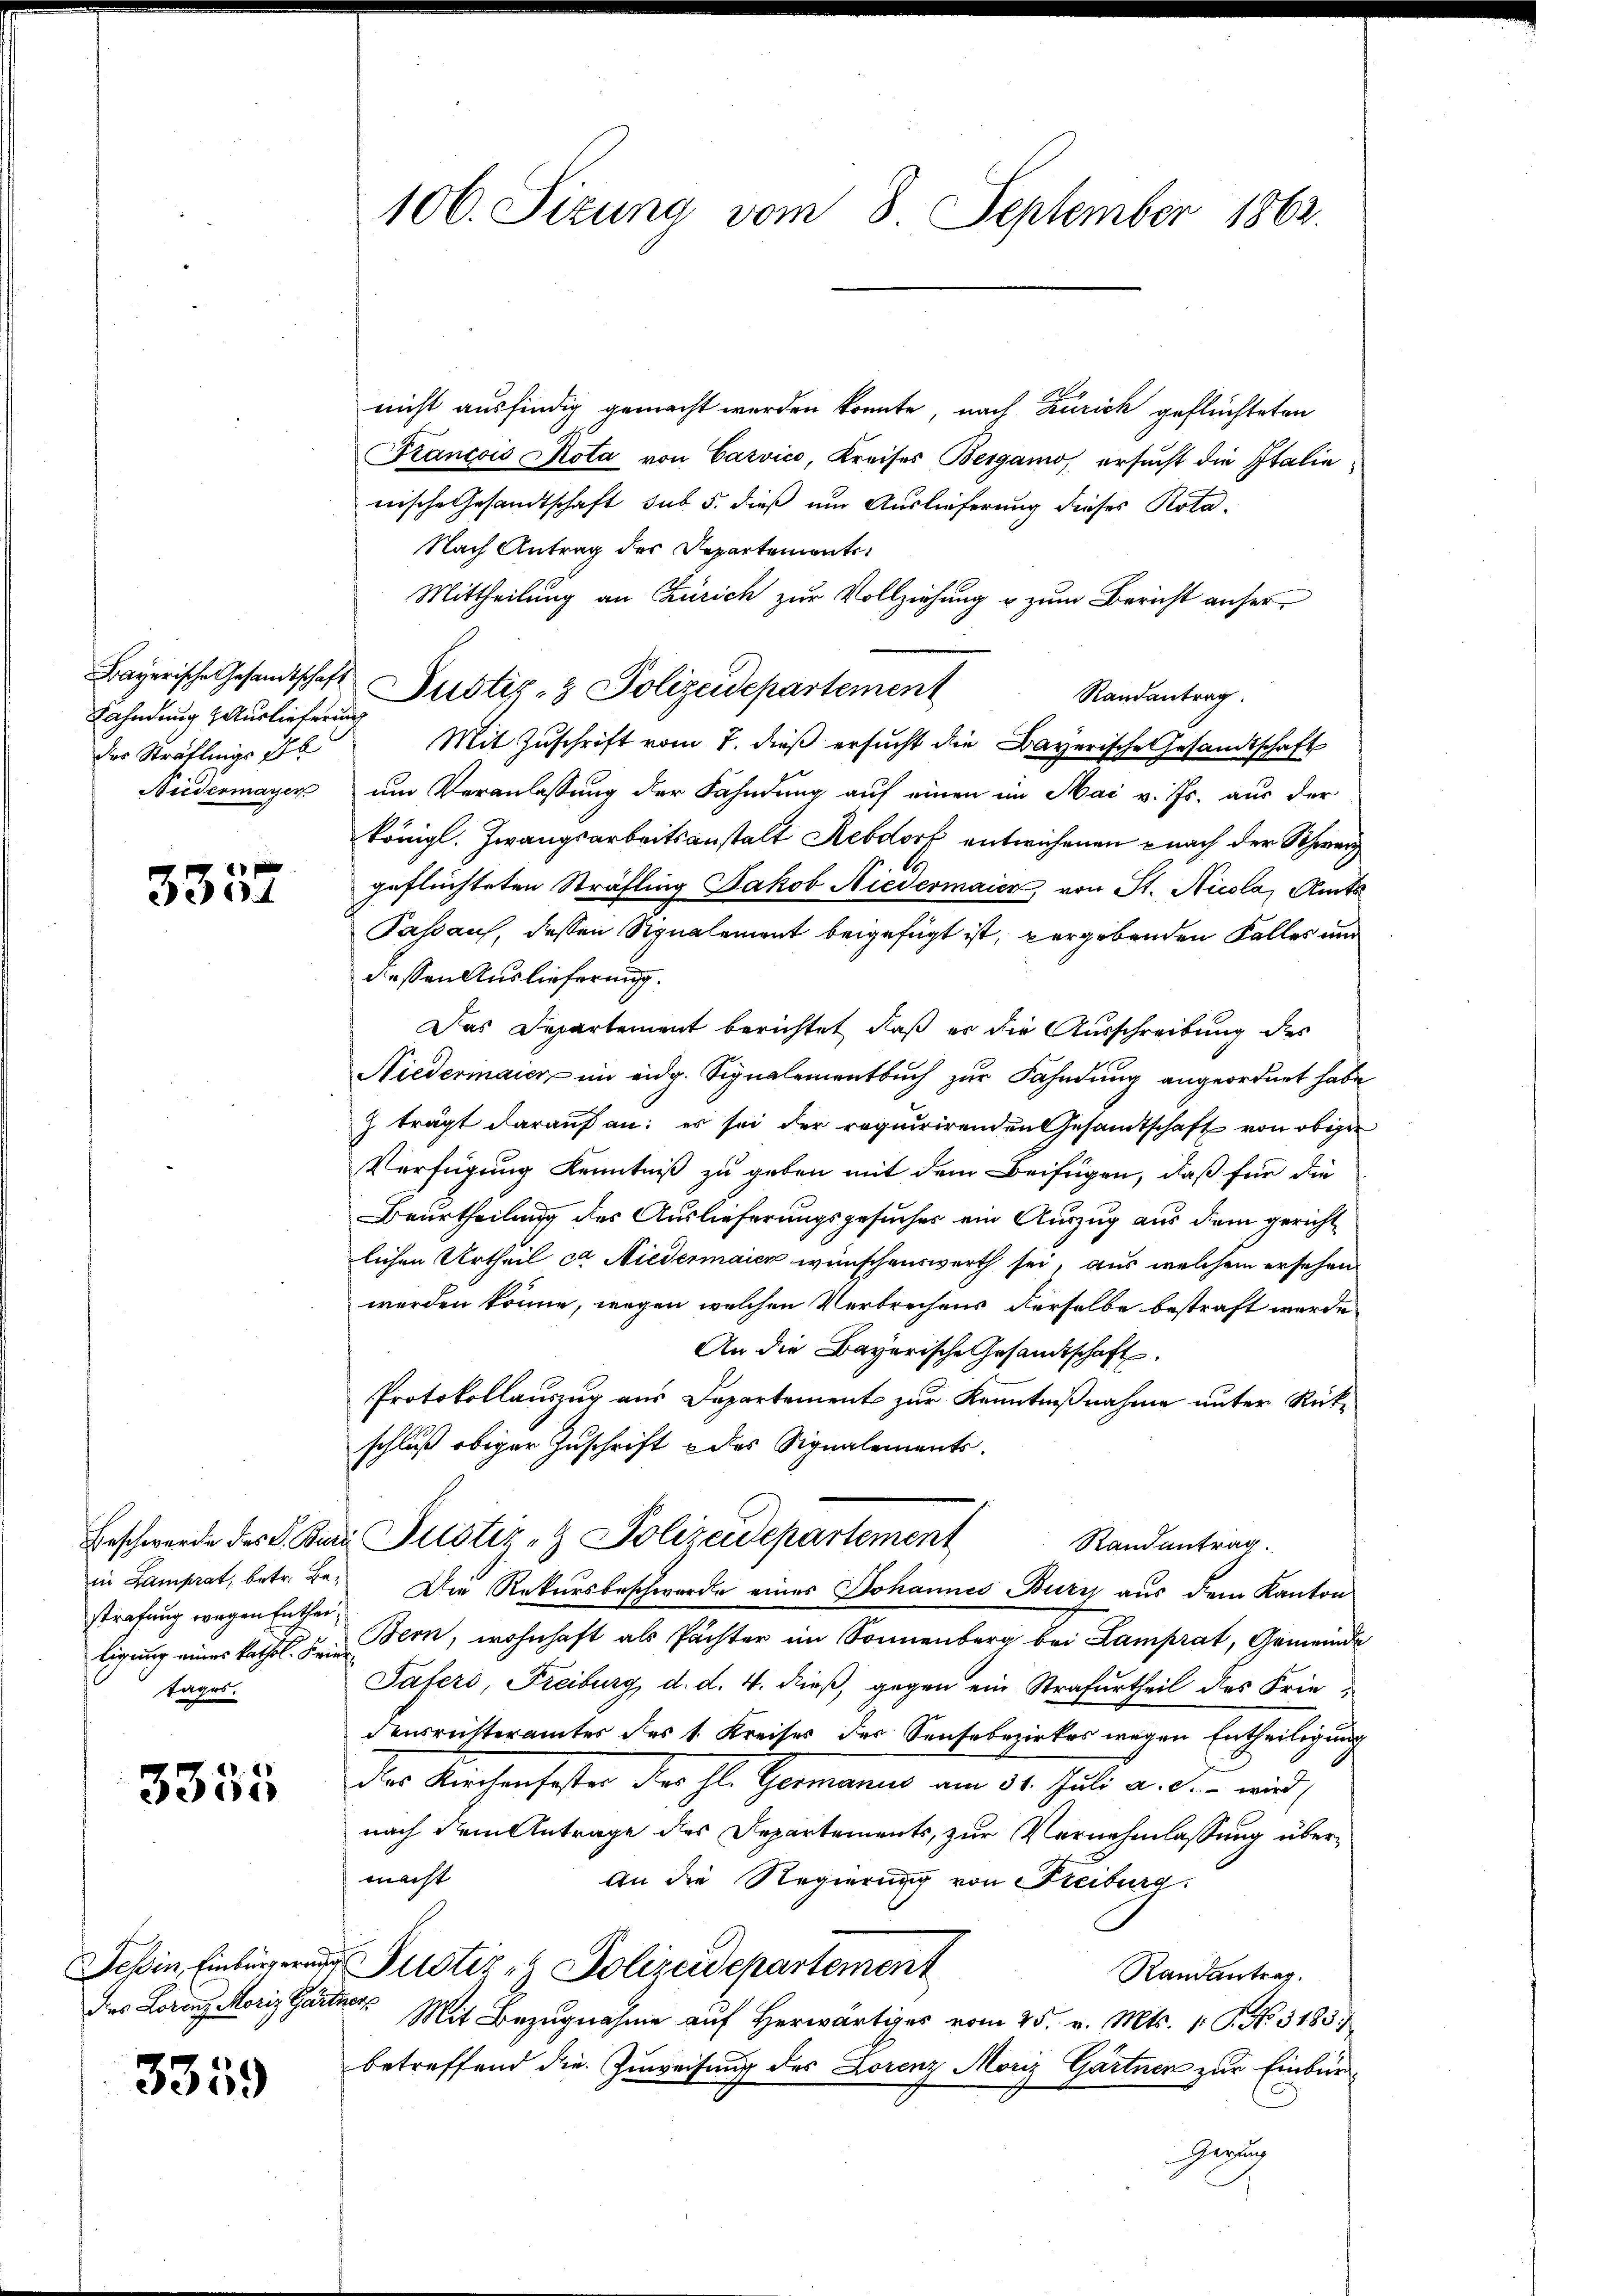
Fahndung Auslieferung
des Sträflings 176
Nidermayer

3357

Erschwerde der Aber
in Lamprat, betr. Bestrafung wegen Enthei
ligung eines kathol. Frie
tages.

3355

Teßin, Einbürgerun
des Lorenz Moriz Gart

3359

106. Sizung vom 8. September 1862.

Bayerische Gesandtschaft Zustiz- & Polizeidepartement

nicht ausfindig gemacht werden könnte, nach Zürich geflüchteten
ancois Rota von Carvico, Kreises Bergamo, ersucht die Italie
nische Gesandtschaft sub 5. dieß um Auslieferung dieses Rota¬
Nach Antrag des Departemente,
Mittheilung an Zürich zur Vollziehung u zum Bericht anher
Randantrag.
Mit Zuschrift vom 7. dieß ersucht die Bayerische Gesandtschaft
um Veranlassung der Fahndung auf einen im Mai v. Js. aus der
königl. Zwangsarbeitsanstalt Sebdorf entwichenen nach der Schwerz
geflüchteten Sträfling Jakob Niedermaier, von St. Nicola, Amts
Passauf, dessen Synalement beigefügt ist, vergebenden Falles und
dessen Auslieferung.
Das Departement berichtet, daß er die Ausschreibung des
Niedermaier im eidg. Signalementbuch zur Fahndung angeordnet habe
Z trägt darauf an: er sei der requirirenden Gesamtschaft von obiger
Verfügung Kenntniß zu geben mit dem Beifügen, daß für die
Beurtheilung des Auslieferungsgesuches ein Auszug aus dem gericht
lichen Urtheil ca Niedermaier wünschenswerth sei, aus welchem ersehen
werden könne, wegen welchen Verbrechens derselbe bestraft werde.
An die Bayerische Gesandtschaft.
Protokollauszug aus Departement zur Kenntnißnahme unter Rückschluß obiger Zuschrift & des Signalements.
 Justiz- & Polizeidepartement
Randantrag.
Die Rekursbeschwerde eines Johannes Burg aus dem Kanton
Bern, wohnhaft als Pächter im Sonnenberg bei Lamprat, Gemeinde
Safers, Freiburg, d. d. 4. dieß, gegen ein Strafurtheil des Friedensrichterämter des 1. Kreises des Senfebezirkes wegen Entheiligung
Das Kirchenfester der hl. Germanus am 31. Juli a. c. wird
nach dem Antrage des Departements, zur Vernehmlassung übermacht
An die Regierung von Freiburg.
Justiz - Polizeidepartement
Randantrag.
Bet
Mit Bezugnahme auf herwärtiges vom 25. v. Mts. 1. P. Nr. 3183
betreffend die Zuweisung des Lorenz Moriz Gärtnen zur Einbür¬
Gerung